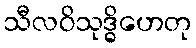
သီလဝိသုဒ္ဓိဟေတု